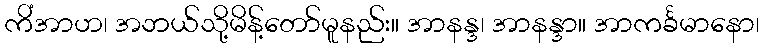
ကိံအာဟ၊ အဘယ်သို့မိန့်တော်မူနည်း။ အာနန္ဒ၊ အာနန္ဒာ။ အာကင်္ခမာနော၊